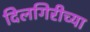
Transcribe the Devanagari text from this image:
दिलगिरीच्या